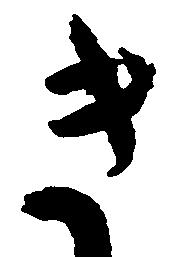
き